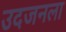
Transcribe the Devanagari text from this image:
उदजनला